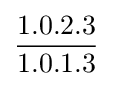
{\frac {1.0.2.3}{1.0.1.3}}